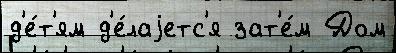
д'е́т'ям д'е́лаjетс'я зат'е́м Дом